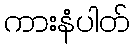
ကားနံပါတ်